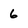
Character: 6